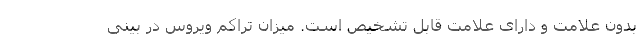
بدون علامت و دارای علامت قابل تشخیص است. میزان تراکم ویروس در بینی